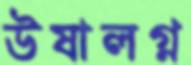
উষালগ্ন